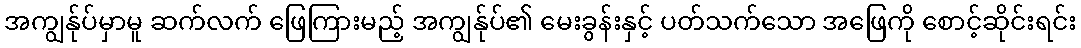
အကျွန်ုပ်မှာမူ ဆက်လက် ဖြေကြားမည့် အကျွန်ုပ်၏ မေးခွန်းနှင့် ပတ်သက်သော အဖြေကို စောင့်ဆိုင်းရင်း